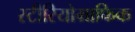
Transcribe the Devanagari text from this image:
स्टीरियोग्राफिक